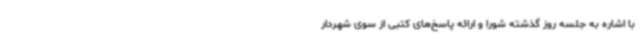
با اشاره به جلسه روز گذشته شورا و ارائه پاسخ‌های کتبی از سوی شهردار